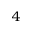
^ 4